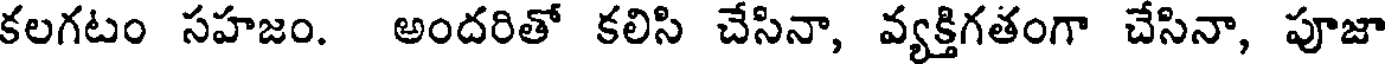
కలగటం సహజం. అందరితో కలిసి చేసినా, వ్యక్తిగతంగా చేసినా, పూజా